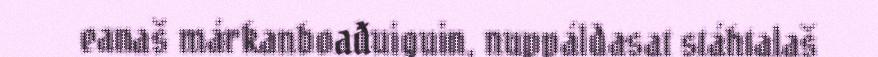
eanaš márkanboađuiguin, nuppáldasat stáhtalaš